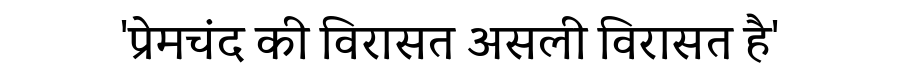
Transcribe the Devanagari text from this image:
'प्रेमचंद की विरासत असली विरासत है'